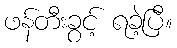
ဖန်တီးခွင့် ရခဲ့ပြီ။